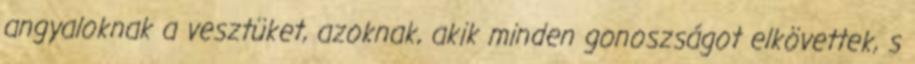
angyaloknak a vesztüket, azoknak, akik minden gonoszságot elkövettek, s